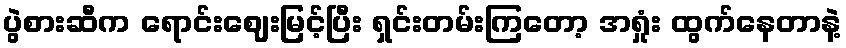
ပွဲစားဆီက ရောင်းဈေးမြင့်ပြီး ရှင်းတမ်းကြတော့ အရှုံး ထွက်နေတာနဲ့